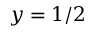
y = 1 / 2